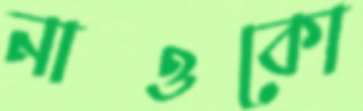
নাওকো